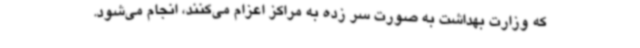
که وزارت بهداشت به صورت سر زده به مراکز اعزام می‌کنند، انجام می‌شود.